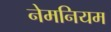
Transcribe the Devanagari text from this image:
नेमनियम